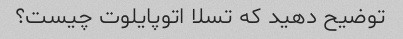
توضیح دهید که تسلا اتوپایلوت چیست؟